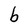
Character: b